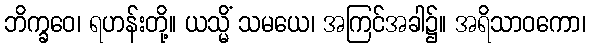
ဘိက္ခဝေ၊ ရဟန်းတို့။ ယသ္မိံ သမယေ၊ အကြင်အခါ၌။ အရိသာဝကော၊